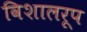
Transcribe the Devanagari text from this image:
विशालरूप